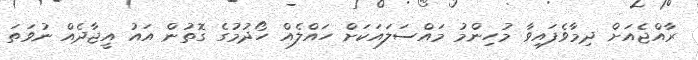
ރާއްޖެއަށް ދިމާވެފައިވާ މުހިންމު މައްސަލައަކަށް ހައްލެއް ހޯދުމުގެ ގޮތުން އައު އީޖާދެއް ނުވަތަ